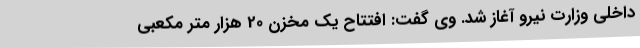
داخلی وزارت نیرو آغاز شد. وی گفت: افتتاح یک مخزن 20 هزار متر مکعبی